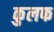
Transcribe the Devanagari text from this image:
कुलफ